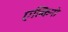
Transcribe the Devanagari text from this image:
एल्किनो